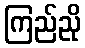
ကြည်ညို